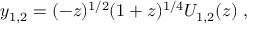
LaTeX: y _ { 1 , 2 } = ( - z ) ^ { 1 / 2 } ( 1 + z ) ^ { 1 / 4 } U _ { 1 , 2 } ( z ) \ ,